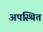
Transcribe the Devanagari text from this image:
अपस्थित